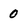
Character: 0